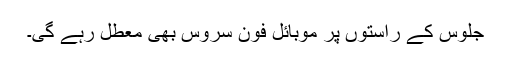
جلوس کے راستوں پر موبائل فون سروس بھی معطل رہے گی۔